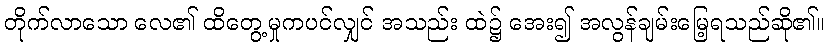
တိုက်လာသော လေ၏ ထိတွေ့မှုကပင်လျှင် အသည်း ထဲ၌ အေး၍ အလွန်ချမ်းမြေ့ရသည်ဆို၏။